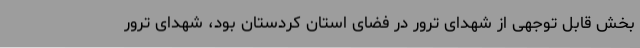
بخش قابل توجهی از شهدای ترور در فضای استان کردستان بود، شهدای ترور